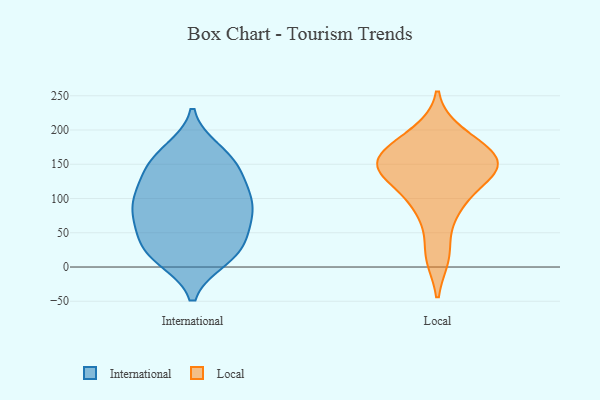
{"axis": {"x": "Energy Usage (MWh)", "y": "Value"}, "legend": ["International", "Local"], "data": [{"x": "", "y": 100, "type": "International"}, {"x": "", "y": 150, "type": "International"}, {"x": "", "y": 66, "type": "International"}, {"x": "", "y": 61, "type": "International"}, {"x": "", "y": 96, "type": "International"}, {"x": "", "y": 15, "type": "International"}, {"x": "", "y": 13, "type": "International"}, {"x": "", "y": 128, "type": "International"}, {"x": "", "y": 32, "type": "International"}, {"x": "", "y": 71, "type": "International"}, {"x": "", "y": 156, "type": "International"}, {"x": "", "y": 116, "type": "International"}, {"x": "", "y": 169, "type": "International"}, {"x": "", "y": 81, "type": "International"}, {"x": "", "y": 98, "type": "International"}, {"x": "", "y": 156, "type": "International"}, {"x": "", "y": 26, "type": "International"}, {"x": "", "y": 24, "type": "International"}, {"x": "", "y": 17, "type": "Local"}, {"x": "", "y": 161, "type": "Local"}, {"x": "", "y": 142, "type": "Local"}, {"x": "", "y": 195, "type": "Local"}, {"x": "", "y": 152, "type": "Local"}, {"x": "", "y": 91, "type": "Local"}, {"x": "", "y": 139, "type": "Local"}, {"x": "", "y": 83, "type": "Local"}, {"x": "", "y": 18, "type": "Local"}, {"x": "", "y": 141, "type": "Local"}, {"x": "", "y": 158, "type": "Local"}, {"x": "", "y": 132, "type": "Local"}, {"x": "", "y": 140, "type": "Local"}, {"x": "", "y": 182, "type": "Local"}, {"x": "", "y": 145, "type": "Local"}, {"x": "", "y": 187, "type": "Local"}, {"x": "", "y": 164, "type": "Local"}, {"x": "", "y": 90, "type": "Local"}]}